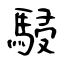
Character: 駸